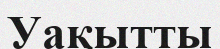
Уақытты